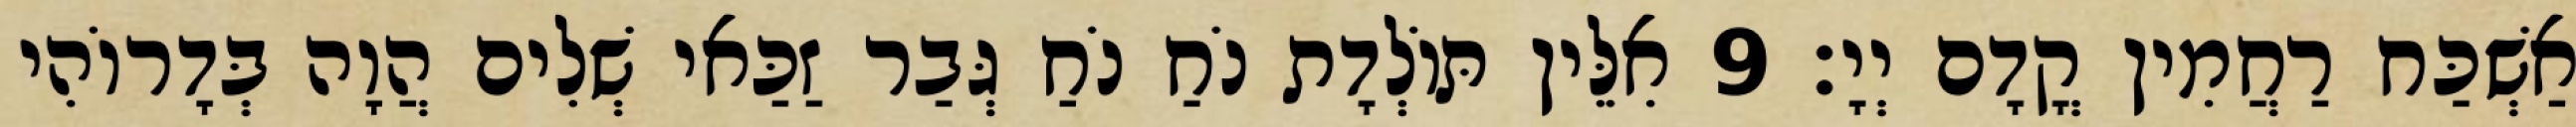
אַשְׁכַּח רַחֲמִין קֳדָם יְיָ׃ 9 אִלֵּין תּוֹלְדָת נֹחַ נֹחַ גְּבַר זַכַּאי שְׁלִים הֲוָה בְּדָרוֹהִי